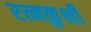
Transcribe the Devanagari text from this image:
रत्नकुक्षी